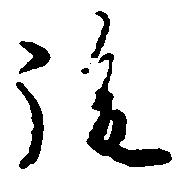
後